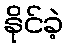
နိုင်ခဲ့